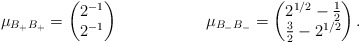
\begin{align*}\mu_{B_+ B_+}& = \begin{pmatrix}2^{-1}\\2^{-1}\end{pmatrix}&\mu_{B_- B_-} = \begin{pmatrix}2^{1/2} - \frac{1}{2}\\\frac{3}{2} - 2^{1/2}\end{pmatrix}.\end{align*}